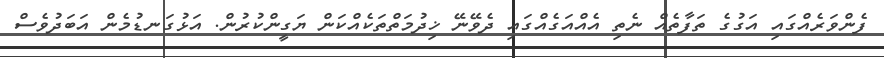
ފެންވަރެއްގައި އަގުގެ ތަފާތެއް ނެތި އެއްއަގެއްގައި ދެވޭނޭ ޚިދުމަތްތަކެއްކަން ޔަގީންކުރުން. އަޅުގަނޑުމެން އަބަދުވެސް